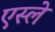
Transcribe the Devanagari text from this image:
एस्ले